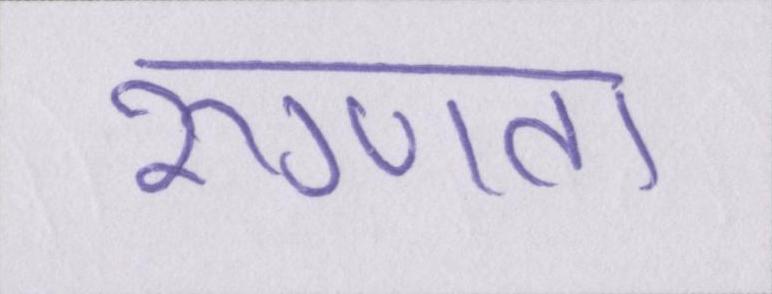
रुग्णता